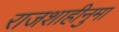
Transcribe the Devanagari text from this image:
राजशाहीनुमा